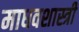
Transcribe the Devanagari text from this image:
माधवशास्त्री